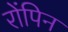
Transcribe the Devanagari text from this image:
रोंपिन